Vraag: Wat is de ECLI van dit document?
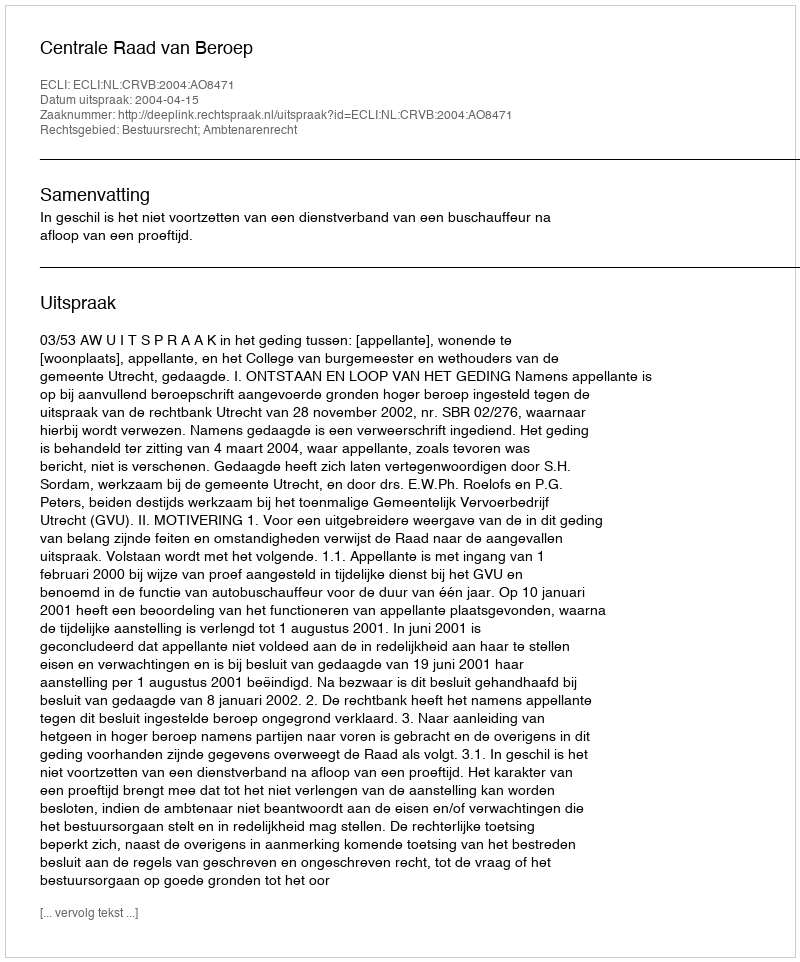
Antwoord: ECLI:NL:CRVB:2004:AO8471